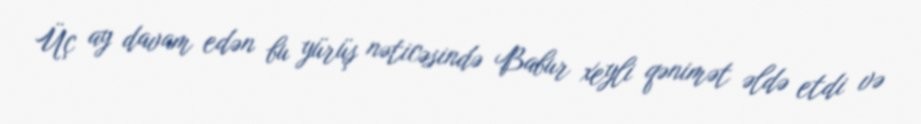
Üç ay davam edən bu yürüş nəticəsində Babur xeyli qənimət əldə etdi və